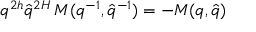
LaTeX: q ^ { 2 h } \hat { q } ^ { 2 H } \, M ( q ^ { - 1 } , \hat { q } ^ { - 1 } ) = - M ( q , \hat { q } )